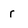
Character: r